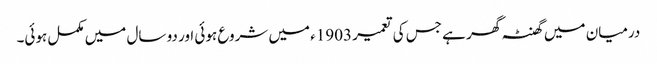
درمیان میں گھنٹہ گھر ہے جس کی تعمیر 1903ء میں شروع ہوئی اور دو سال میں مکمل ہوئی۔